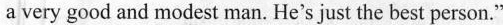
a very good and modest man. He's just the best person."